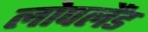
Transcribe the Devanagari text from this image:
लोपलैंड